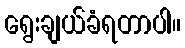
ရွေးချယ်ခံရတာပါ။